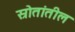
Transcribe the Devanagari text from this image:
स्रोतांतील